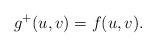
LaTeX: \begin{align*} g^+(u,v)=f(u,v). \end{align*}